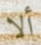
ألا